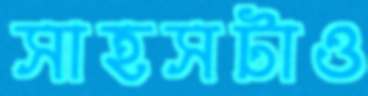
সাহসটাও